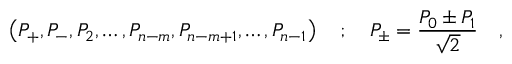
\left( P _ { + } , P _ { - } , P _ { 2 } , \ldots , P _ { n - m } , P _ { n - m + 1 } , \ldots , P _ { n - 1 } \right) \quad ; \quad P _ { \pm } = \frac { P _ { 0 } \pm P _ { 1 } } { \sqrt { 2 } } \quad ,